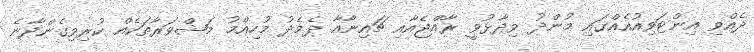
ދެއްވި އިންޓަވިއުއެއްގައި މުންދު ވިދާޅުވީ ރާއްޖެއާއި ޗައިނާއާ ދެެމެދު މުހިއްމު މަޝްވަރާތަކެއް ކުރިވިގެންދާނެ